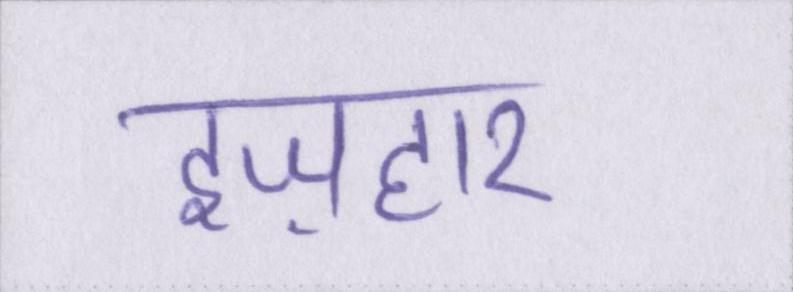
इज़हार